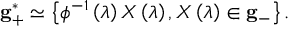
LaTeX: { \bf g } _ { + } ^ { * } \simeq \left\{ \phi ^ { - 1 } \left( \lambda \right) X \left( \lambda \right) , X \left( \lambda \right) \in { \bf g } _ { - } \right\} .